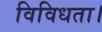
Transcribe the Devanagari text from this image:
विविधता।